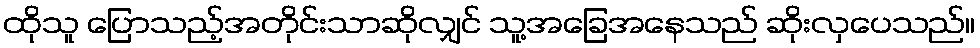
ထိုသူ ပြောသည့်အတိုင်းသာဆိုလျှင် သူ့အခြေအနေသည် ဆိုးလှပေသည်။